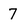
Character: 7